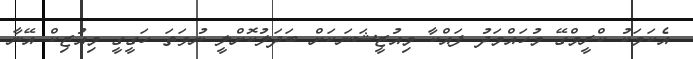
އެކަމަކު ކްރީމްގޭ މުހައްމަދު ފައްކާ މިއުޒީޝަނަކަށް ބަދަލުކޮށްލީ ނުވަތަ ހަގީގީ މިއުޒިކް އޭނާ